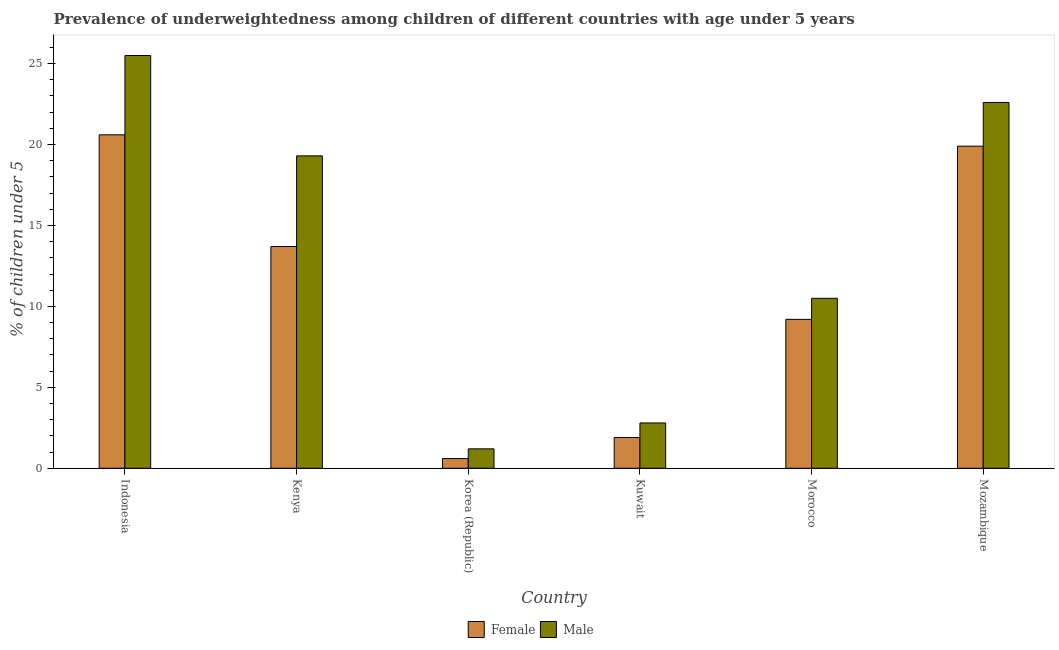
| Country | Female | Male |
 | --- | --- | --- |
 | Indonesia | 20.6 | 25.5 |
 | Kenya | 13.7 | 19.3 |
 | Korea (Republic) | 0.6 | 1.2 |
 | Kuwait | 1.9 | 2.8 |
 | Morocco | 9.2 | 10.5 |
 | Mozambique | 19.9 | 22.6 |